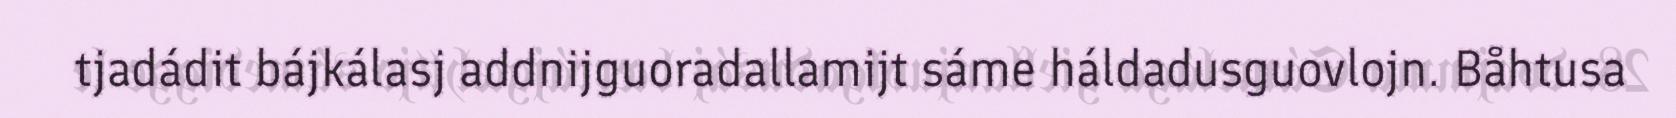
tjadádit bájkálasj addnijguoradallamijt sáme háldadusguovlojn. Båhtusa